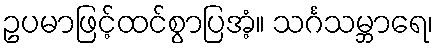
ဥပမာဖြင့်ထင်စွာပြအံ့။ သင်္ဂသမ္ဘာရေ၊